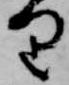
り